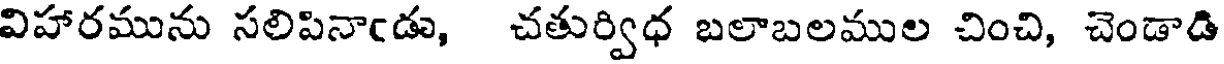
విహారమును సలిపినాఁడు, చతుర్విధ బలాబలముల చించి, చెండాడి